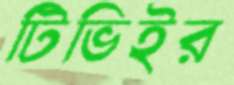
টিভিইর